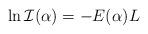
LaTeX: \begin{align*}\ln {\cal I}(\alpha)=-E(\alpha)L\end{align*}